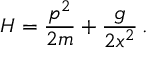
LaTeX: H = { \frac { p ^ { 2 } } { 2 m } } + { \frac { g } { 2 x ^ { 2 } } } \, .